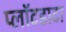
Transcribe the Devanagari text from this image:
प्लॉटडाटा